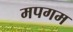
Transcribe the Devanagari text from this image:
मपगम